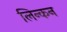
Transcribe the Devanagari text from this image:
लिन्कन